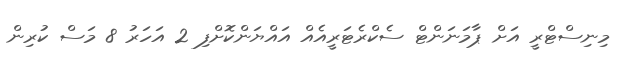
މިނިސްޓްރީ އަށް ޕާމަނަންޓް ސެކްރެޓަރީއެއްް އައްޔަންކޮށްފި 2 އަހަރު 8 މަސް ކުރިން